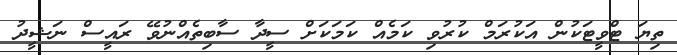
ތިޔަ ޓްވީޓަކުން އަކުރަމް ކުރުވި ކަމެއް ކަމަކަށް ސީދާ ސާބިތެއްނުވޭ ރައީސް ނަޝީދު